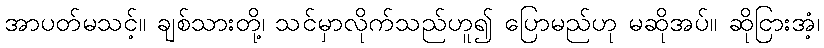
အာပတ်မသင့်။ ချစ်သားတို့၊ သင်မှာလိုက်သည်ဟူ၍ ပြောမည်ဟု မဆိုအပ်။ ဆိုငြားအံ့၊